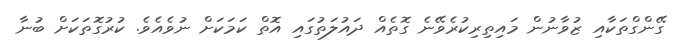
ގޭންގްތަކާއި ޒުވާނުން މައިތިރިކުރެވޭނެ ގޮތެއް ދައުލަތުގައި އޮތް ކަމަކަށް ނުވެއެވެ. ކުރުގޮތަކަށް ބުނާ